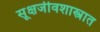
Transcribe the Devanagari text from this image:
सूक्षजीवशास्त्रात